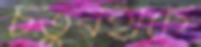
চতুরহাটে